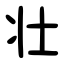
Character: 壮